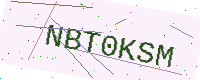
Text: NBT0KSM